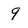
Character: 9